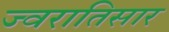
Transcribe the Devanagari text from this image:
ज्वरातिसार